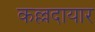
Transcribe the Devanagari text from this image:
कल्लदायार